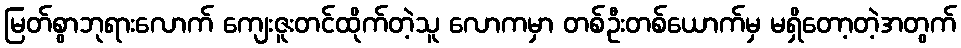
မြတ်စွာဘုရားလောက် ကျေးဇူးတင်ထိုက်တဲ့သူ လောကမှာ တစ်ဦးတစ်ယောက်မှ မရှိတော့တဲ့အတွက်